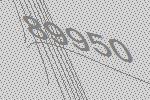
89950